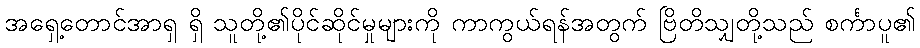
အရှေ့တောင်အာရှ ရှိ သူတို့၏ပိုင်ဆိုင်မှုများကို ကာကွယ်ရန်အတွက် ဗြိတိသျှတို့သည် စင်္ကာပူ၏